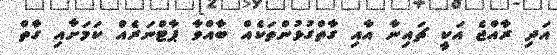
އަދި ރާއްޖެ އަކީ ޗައިނާ އާއި ގާތްގުޅުންތަކެއް ބާއްވާ ޕާޓްނަރެއް ކަމަށާއި ގާތް